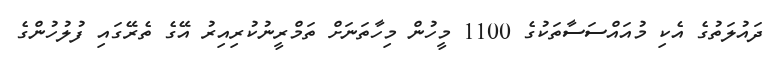
ދައުލަތުގެ އެކި މުއައްސަސާތަކުގެ 1100 މީހުން މިހާތަނަށް ތަމްރީނުކުރިއިރު އޭގެ ތެރޭގައި ފުލުހުންގެ